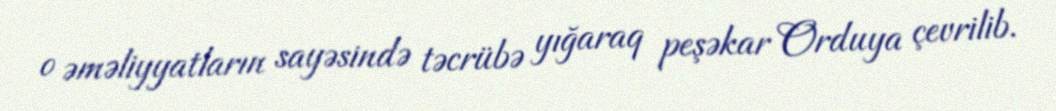
o əməliyyatların sayəsində təcrübə yığaraq peşəkar Orduya çevrilib.